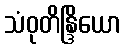
သံဝုတိန္ဒြိယော